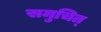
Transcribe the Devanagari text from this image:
समुचित्